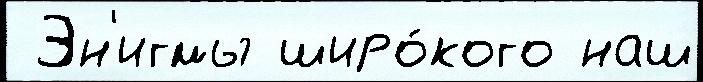
 Эн'игмы широ́кого наш